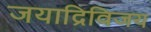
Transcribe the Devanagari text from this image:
जयाद्रिविजय